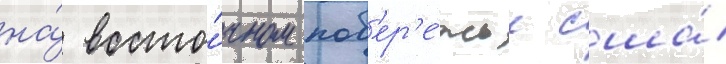
на́ восто́чном поб'ер'е́жье сша́